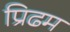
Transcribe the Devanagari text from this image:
प्रिढम